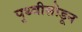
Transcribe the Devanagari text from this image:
पृथ्वीसोडून